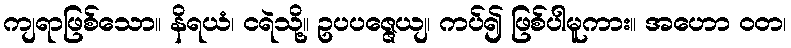
ကျရာဖြစ်သော။ နိရယံ၊ ငရဲသို့။ ဥပပဇ္ဇေယျ၊ ကပ်၍ ဖြစ်ပါမူကား။ အဟော ဝတ၊